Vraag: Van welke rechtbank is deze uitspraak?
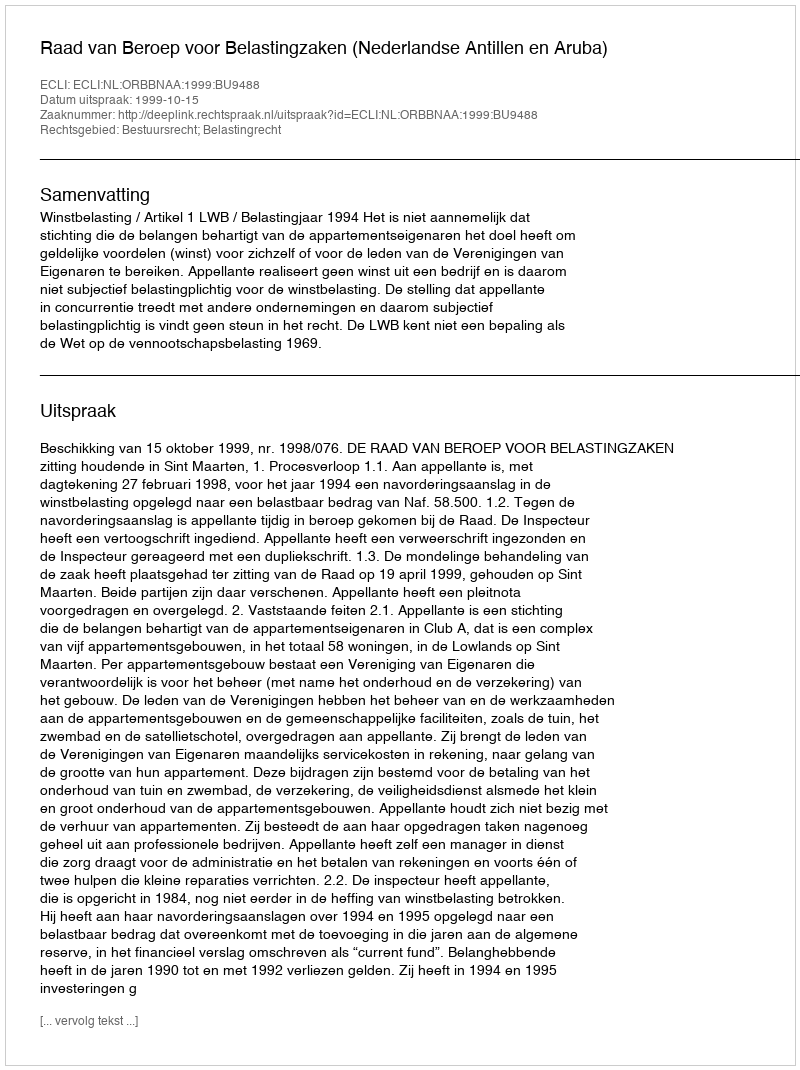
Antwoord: Raad van Beroep voor Belastingzaken (Nederlandse Antillen en Aruba)